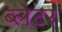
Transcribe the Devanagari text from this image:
ब्लेटर